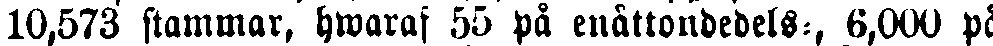
10,573 stammar, hwaraf 55 på enåttondedels-, 6,000 på